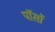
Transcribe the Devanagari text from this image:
पॉसों